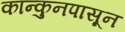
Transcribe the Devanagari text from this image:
कान्कुनपासून